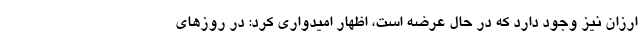
ارزان نیز وجود دارد که در حال عرضه است، اظهار امیدواری کرد: در روزهای